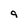
Character: q